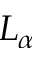
L _ { \alpha }